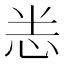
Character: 𭜧